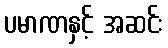
ပမာဏနှင့် အဆင်း